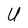
Character: U